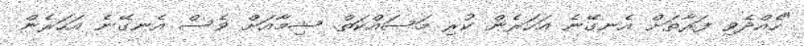
"ހެއްދެވި ފަރާތަށް އެނގޭނެ އަހަރެން ކުރި މަސައްކަތް. ޝިމާއަށް ވެސް އެނގޭނެ އަހަރެން